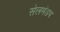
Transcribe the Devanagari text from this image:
सेलमंडप